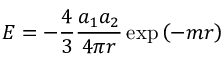
E = - { \frac { 4 } { 3 } } { \frac { a _ { 1 } a _ { 2 } } { 4 \pi r } } \exp \left( - m r \right)